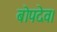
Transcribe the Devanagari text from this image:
बोपदेव।